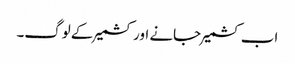
اب کشمیر جانے اور کشمیر کے لوگ۔